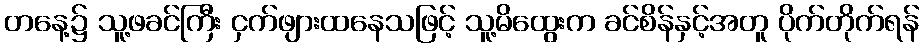
တနေ့၌ သူ့ဖခင်ကြီး ငှက်ဖျားထနေသဖြင့် သူ့မိထွေးက ခင်စိန်နှင့်အတူ ပိုက်တိုက်ရန်